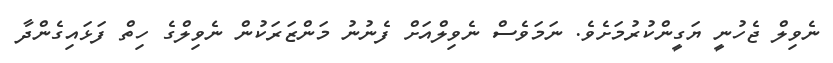
ނެވިލް ޖެހުނީ ޔަގީންކުރުމަށެވެ. ނަމަވެސް ނެވިލްއަށް ފެނުނު މަންޒަރަކުން ނެވިލްގެ ހިތް ފަޅައިގެންދާ